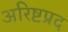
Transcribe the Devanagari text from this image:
अरिष्टप्रद